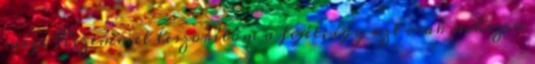
meg. Kezemmel leszorítom a fejét, így azt csak nehezen